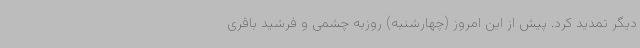
دیگر تمدید کرد. پیش از این امروز (چهارشنبه) روزبه چشمی و فرشید باقری